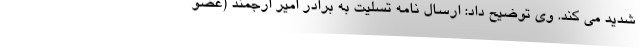
شدید می کند. وی توضیح داد: ارسال نامه تسلیت به برادر امیر ارجمند (عضو